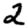
Digit: 2